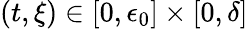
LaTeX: (t,\xi)\in[0,\epsilon_{0}]\times[0,\delta]